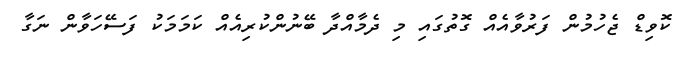
ކޮވިޑް ޖެހުމުން ފަރުވާއެއް ގޮތުގައި މި ދެމާއްދާ ބޭނުންކުރިއެއް ކަމަމަކު ފަސޭހަވާން ނަގާ